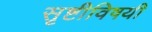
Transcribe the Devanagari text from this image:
सृष्टीविषयी